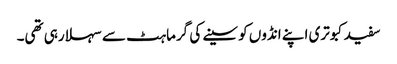
سفید کبوتری اپنے انڈوں کو سینے کی گرماہٹ سے سہلا رہی تھی۔